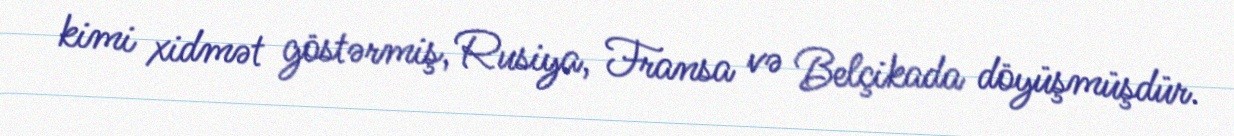
kimi xidmət göstərmiş, Rusiya, Fransa və Belçikada döyüşmüşdür.